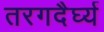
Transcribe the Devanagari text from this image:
तरगदैर्घ्य